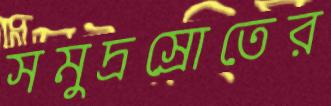
সমুদ্রস্রোতের